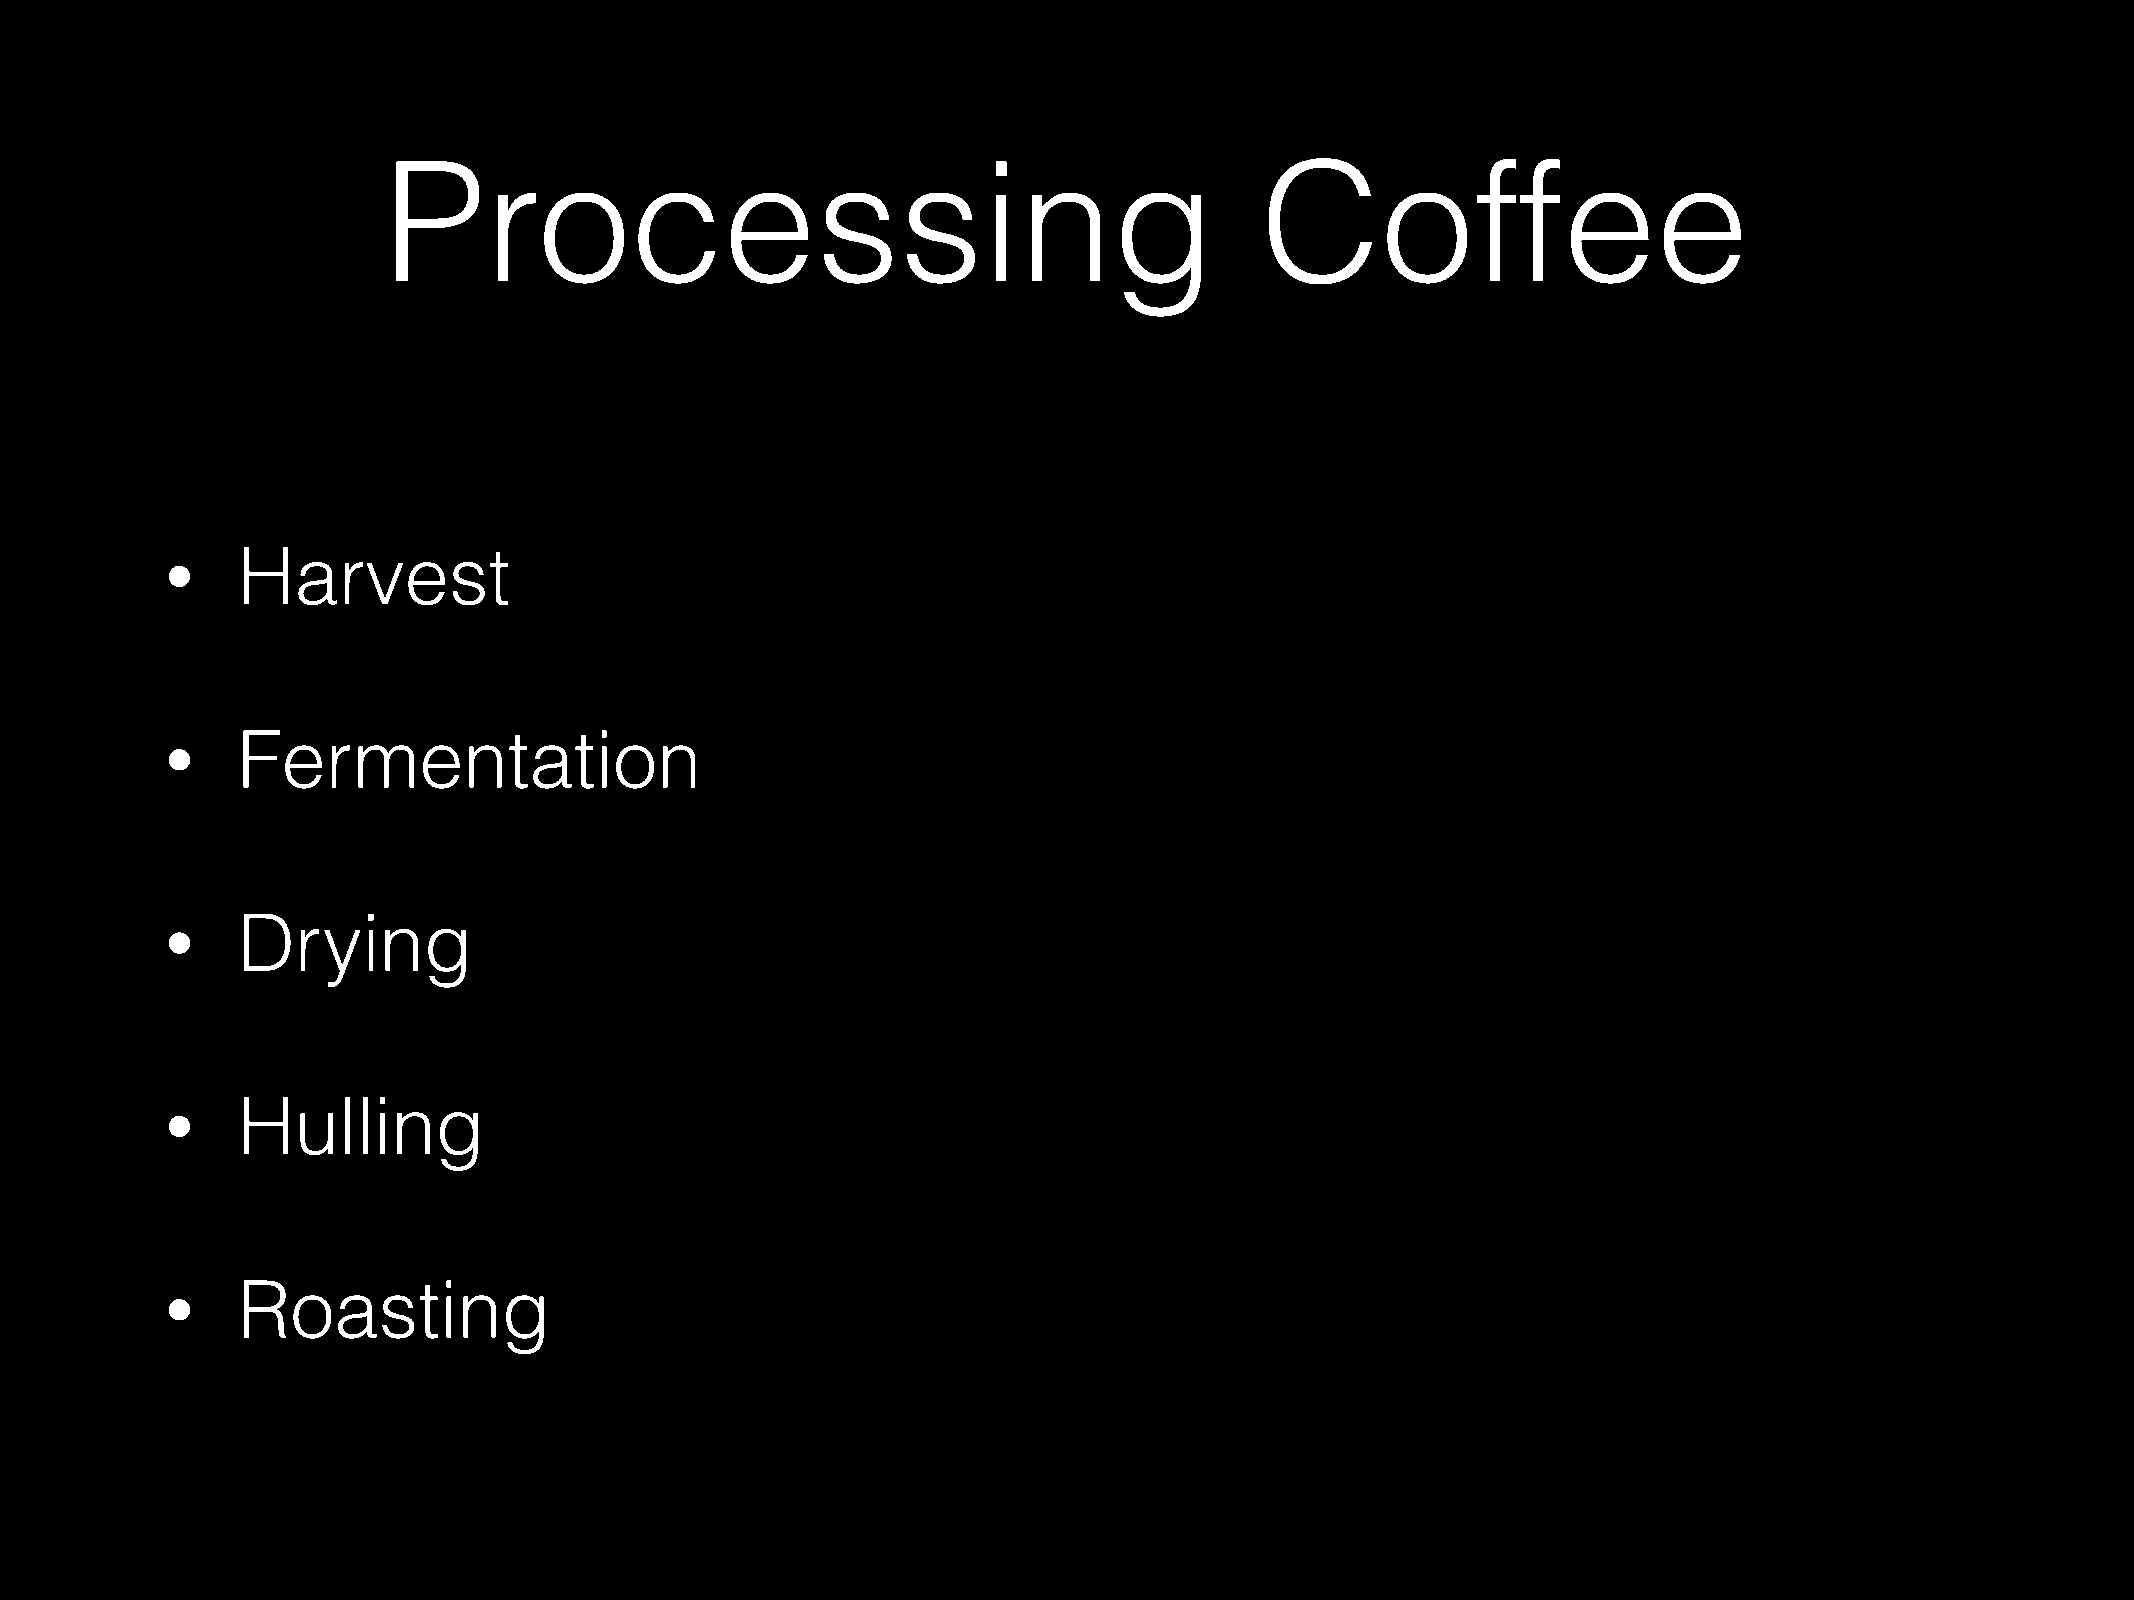
Processing                                                Coffee
 Harvest
 •
 Fermentation
 •
 Drying
 •
 Hulling
 •
 Roasting
 •